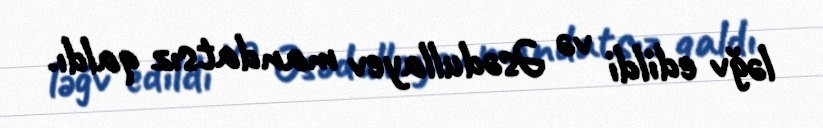
ləğv edildi və Əsədullayev mandatsız qaldı.